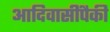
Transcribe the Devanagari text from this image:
आदिवासींपैकी